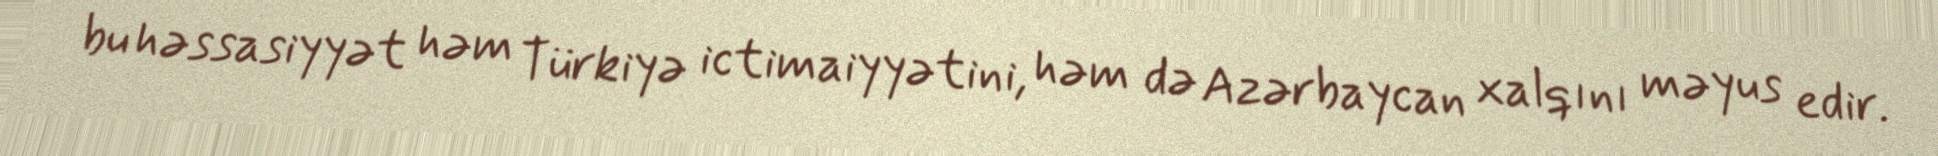
bu həssasiyyət həm Türkiyə ictimaiyyətini, həm də Azərbaycan xalqını məyus edir.